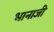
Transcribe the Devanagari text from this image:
भानाजी